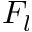
F _ { l }